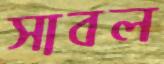
সাবল